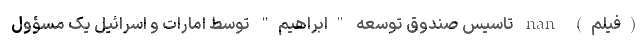
(فیلم) nan تاسیس صندوق توسعه "ابراهیم" توسط امارات و اسرائیل یک مسؤول